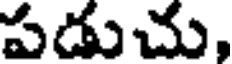
పడుచు,